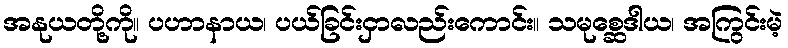
အနုယတို့ကို။ ပဟာနာယ၊ ပယ်ခြင်းငှာလည်းကောင်း။ သမုစ္ဆေဒါယ၊ အကြွင်းမဲ့